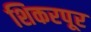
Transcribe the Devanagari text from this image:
शिकरपूर